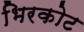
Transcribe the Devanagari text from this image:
भिरकोट